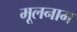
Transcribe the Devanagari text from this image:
मूलनाम